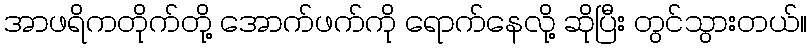
အာဖရိကတိုက်တို့ အောက်ဖက်ကို ရောက်နေလို့ ဆိုပြီး တွင်သွားတယ်။